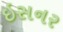
ઇસનર